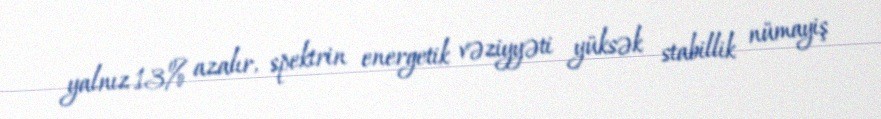
yalnız 13% azalır, spektrin energetik vəziyyəti yüksək stabillik nümayiş